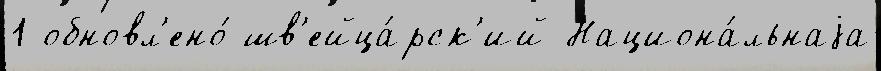
1 обновл'ено́ шв'ейца́рск'ий Национа́льнаjа